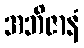
အဘိဇာနံ